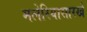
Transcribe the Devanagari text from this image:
मलेरियासारखे